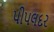
પીપલદર